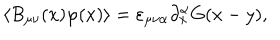
LaTeX: \langle B _ { \mu \nu } ( x ) \varphi ( x ) \rangle = \varepsilon _ { \mu \nu \alpha } \partial _ { x } ^ { \alpha } G ( x - y ) ,